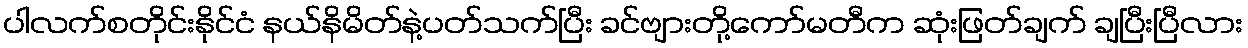
ပါလက်စတိုင်းနိုင်ငံ နယ်နိမိတ်နဲ့ပတ်သက်ပြီး ခင်ဗျားတို့ကော်မတီက ဆုံးဖြတ်ချက် ချပြီးပြီလား